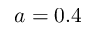
a = 0 . 4